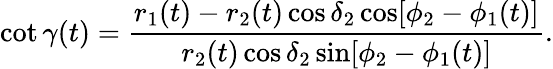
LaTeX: \cot\gamma(t)=\frac{r_{1}(t)-r_{2}(t)\cos\delta_{2}\cos[\phi_{2}-\phi_{1}(t)]}{r_{2}(t)\cos\delta_{2}\sin[\phi_{2}-\phi_{1}(t)]}.